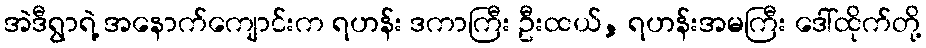
အဲဒီရွာရဲ့ အနောက်ကျောင်းက ရဟန်း ဒကာကြီး ဦးထယ်, ရဟန်းအမကြီး ဒေါ်ထိုက်တို့